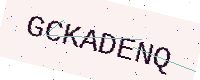
Text: GCKADENQ